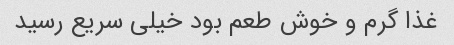
غذا گرم و خوش طعم بود خیلی سریع رسید